Scottish Certificate of Education, 1962
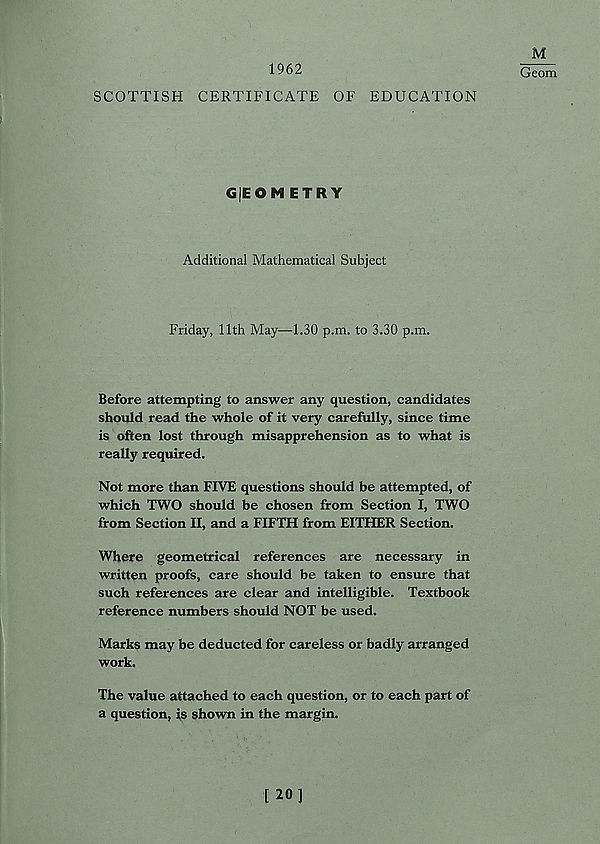
1962
M
Geom
SCOTTISH CERTIFICATE OF EDUCATION
GjEOM ETRY
Additional Mathematical Subject
Friday, 11th May—1.30 p.m. to 3.30 p.m.
Before attempting to answer any question, candidates
should read the whole of it very carefully, since time
is often lost through misapprehension as to what is
really required.
Not more than FIVE questions should be attempted, of
which TWO should be chosen from Section I, TWO
from Section II, and a FIFTH from EITHER Section.
Where geometrical references are necessary in
written proofs, care should be taken to ensure that
such references are clear and intelligible. Textbook
reference numbers should NOT be used.
Marks may be deducted for careless or badly arranged
work.
The value attached to each question, or to each part of
a question, is shown in the margin.
[ 20]